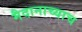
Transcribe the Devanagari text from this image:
मैदानाच्याच